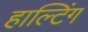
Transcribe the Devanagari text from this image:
हाल्टिंग